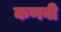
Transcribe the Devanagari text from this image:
कणवी